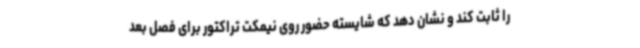
را ثابت کند و نشان دهد که شایسته حضور روی نیمکت تراکتور برای فصل بعد